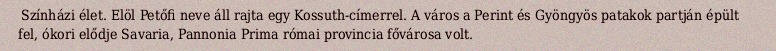
Színházi élet. Elöl Petőfi neve áll rajta egy Kossuth-címerrel. A város a Perint és Gyöngyös patakok partján épült fel, ókori elődje Savaria, Pannonia Prima római provincia fővárosa volt.